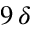
9 \, \delta